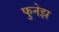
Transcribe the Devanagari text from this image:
फुनेझ